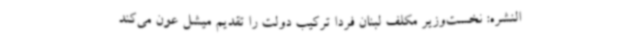
النشره: نخست‌وزیر مکلف لبنان فردا ترکیب دولت را تقدیم میشل عون می‌کند